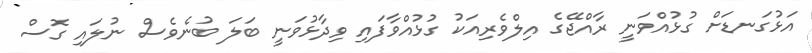
އަޅުގަނޑަށް ގުޅުއްވަނީ ރާއްޖޭގެ އިލްވެރިއަކު ގުޅުއްވާފައި ވިދާޅުވަނީ ބަލަ ބުނެވެސް ނުލައި ގޮސް